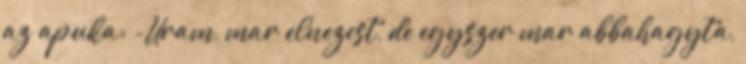
az apuka: -Uram, mar elnezest, de egyszer mar abbahagyta,